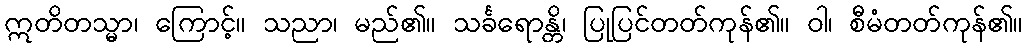
ဣတိတသ္မာ၊ ကြောင့်။ သညာ၊ မည်၏။ သင်္ခရောန္တိ၊ ပြုပြင်တတ်ကုန်၏။ ဝါ၊ စီမံတတ်ကုန်၏။